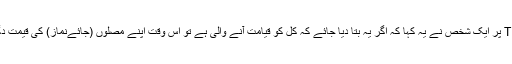
چند دن ہوئے T.V پر ایک شخص نے یہ کہا کہ اگر یہ بتا دیا جائے کہ کل کو قیامت آنے والی ہے تو اس وقت اپنے مصلّوں (جائےنماز) کی قیمت دگنی کر دیں گے۔